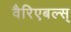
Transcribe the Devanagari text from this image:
वैरिएबल्स्